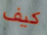
كيف